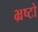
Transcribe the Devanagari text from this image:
भ्रष्टो